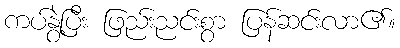
ကပ်နွဲ့ပြီး ဖြည်းညင်းစွာ ပြန်ဆင်းလာ၏။